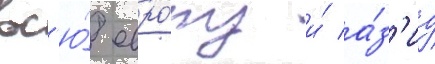
вс'ю́ евро́пу и́ а́з'иу